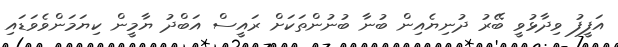
އަފީފު ވިދާޅުވީ ބޭރު ދުނިޔެއިން ބުނާ ބުނުންތަކަށް ރައީސް އަބްދު ޔާމީން ކިޔަމަންވެވަޑައި